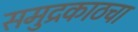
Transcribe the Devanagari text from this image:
समुद्रकाठचा